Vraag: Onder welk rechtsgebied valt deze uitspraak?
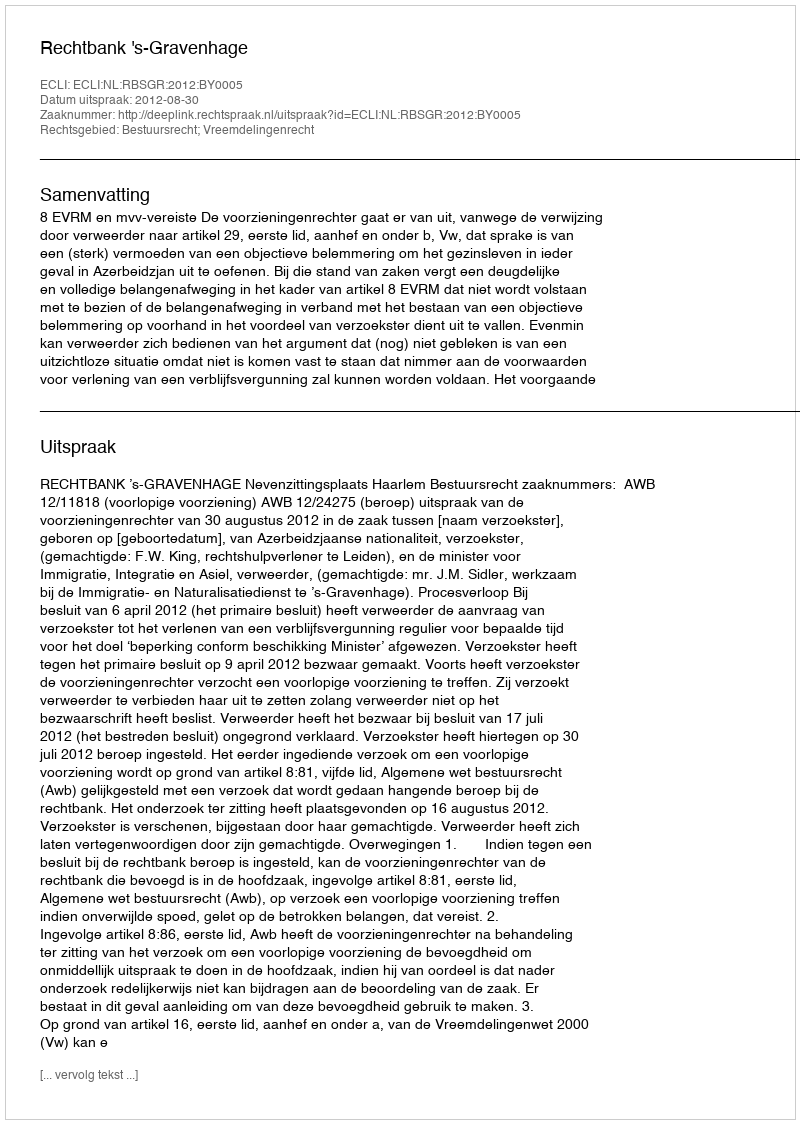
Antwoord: Bestuursrecht; Vreemdelingenrecht